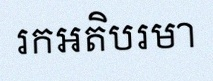
រកអតិបរមា